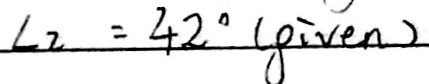
\angle 2 = 4 2 ^ { \circ } ( p i v e n )